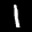
Label: 1